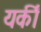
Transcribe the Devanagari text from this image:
यकीं